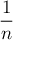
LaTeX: \frac { 1 } { n }